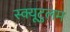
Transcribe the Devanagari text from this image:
स्क्यूटुलम